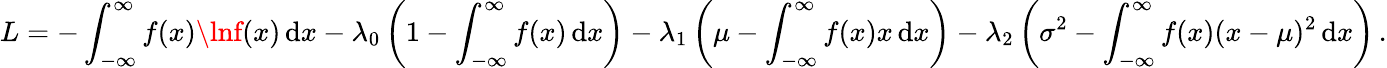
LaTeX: L=-\int_{-\infty}^{\infty}f(x)\lnf(x)\, \mathrm{d}x-\lambda_{0}\left(1-\int_{-\infty}^{\infty}f(x)\, \mathrm{d}x\right)-\lambda_{1}\left(\mu-\int_{-\infty}^{\infty}f(x)x\, \mathrm{d}x\right)-\lambda_{2}\left(\sigma^{2}-\int_{-\infty}^{\infty}f(x)(x-\mu)^{2}\, \mathrm{d}x\right)\, .